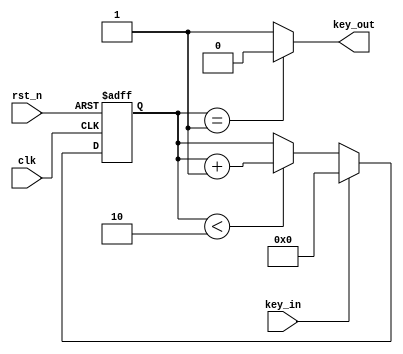
module btn_deb (clk,rst_n,key_in,key_out);
	input clk,rst_n,key_in;
	output key_out;
	wire key_out;
	reg [3:0]num;

always @(posedge clk or negedge rst_n) begin
	if (!rst_n) begin num <= 4'b0000; end

	else if ( key_in == 1 ) begin num <= 4'b0000 ;end
	else if (num < 4'b0010 )begin 
		num <= num+1; end
	end 


assign key_out = ( num==4'b0001) ? 0 : 1 ;




endmodule